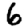
Digit: 6